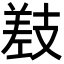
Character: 𫶰